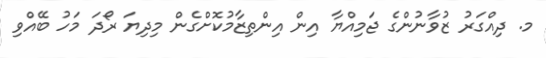
މ. ދިއްގަރު ޒުވާނުންގެ ޖަމިއްޔާ އިން އިންތިޒާމުކޮށްގެން މިދިޔަ ރޯދަ މަހު ބޭއްވި